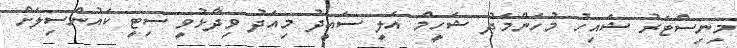
މިނިސްޓަރު ޝައިހު މުހަންމަދު ޝަހީމް އަލީ ސައީދު މިއަދު ވިދާޅުވީ ސިޓީ ކައުންސިލަށް